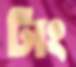
টাং